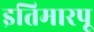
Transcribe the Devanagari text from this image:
इतिमारपू